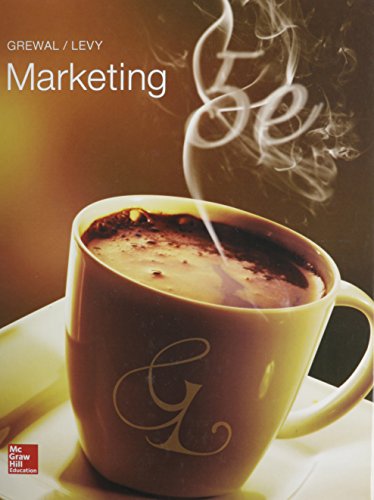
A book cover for Marketing; Dhruv Grewal; Business & Money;